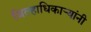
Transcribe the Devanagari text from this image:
जिल्हाधिकाऱ्यांनी